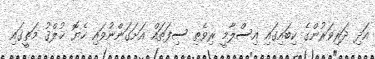
އަދި ދަރިވަރުންގެ ކިބައިގައި އިސްލާމީ ރިވެތި ސިފަތައް އަށަގަންނުވައި ހެޔޮ ޚުލްޤު މަތީގައި